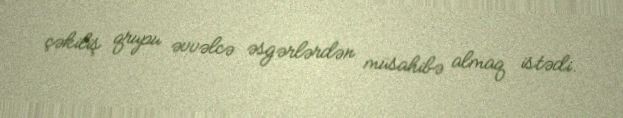
çəkiliş qrupu əvvəlcə əsgərlərdən müsahibə almaq istədi.